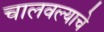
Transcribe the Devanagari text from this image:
चालवल्याचे